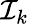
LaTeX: \mathcal{I}_{k}